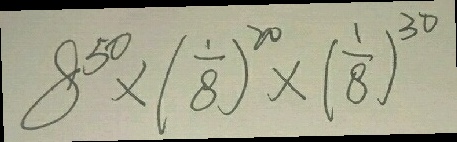
8 ^ { 5 0 } \times ( \frac { 1 } { 8 } ) ^ { 2 0 } \times ( \frac { 1 } { 8 } ) ^ { 3 0 }